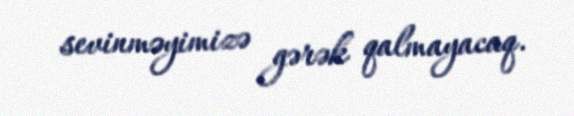
sevinməyimizə gərək qalmayacaq.